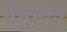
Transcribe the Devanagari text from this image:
धेनुमुद्रा